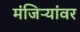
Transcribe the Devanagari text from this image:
मंजिऱ्यांवर